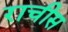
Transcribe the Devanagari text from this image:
राचीस